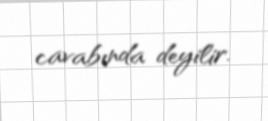
cavabında deyilir.